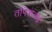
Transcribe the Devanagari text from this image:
तोपेशचंद्र